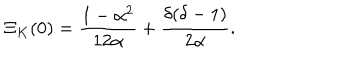
\Xi _ { K } ( 0 ) = { \frac { 1 - \alpha ^ { 2 } } { 1 2 \alpha } } + { \frac { \delta ( \delta - 1 ) } { 2 \alpha } } .